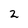
Character: 2